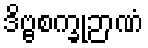
ဒိဗ္ဗစက္ခုဉာဏံ